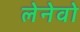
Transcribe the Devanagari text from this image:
लेनेवो